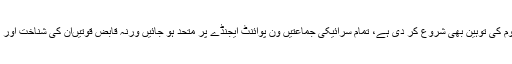
تخت لاہور نے استحصال کے ساتھ سرائیکی قوم کی توہین بھی شروع کر دی ہے، تمام سرائیکی جماعتیں ون پوائنٹ ایجنڈے پر متحد ہو جائیں ورنہ قابض قوتیںان کی شناخت اور ان کے وسائل چھین کر ان کو غلام بنا دیں گی۔